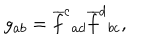
g _ { a b } = \overline { { { f } } } ^ { c } { } _ { a d } \overline { { { f } } } ^ { d } { } _ { b c } ,